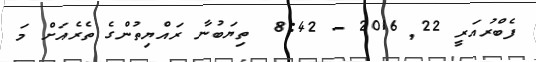
ފެބްރުއަރީ 22